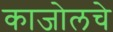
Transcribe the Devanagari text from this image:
काजोलचे